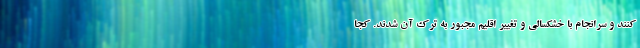
کنند و سرانجام با خشکسالی و تغییر اقلیم مجبور به ترک آن شدند. کجا